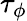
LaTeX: \tau_{\phi}